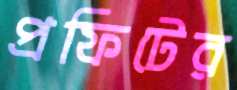
প্রফিটের